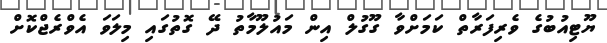
ޔޫޓިއުބުގެ ވެރިފަރާތް ކަމަށްވާ ގޫގުލް އިން މައުލޫމާތު ދޭ ގޮތުގައި މިލަވަ އެވްރެޖްކޮށް